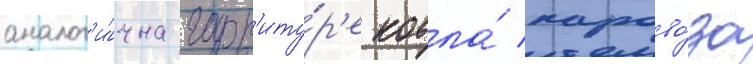
аналог'и́чна гарн'иту́р'е котла́ парово́за